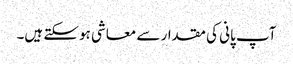
آپ پانی کی مقدار سے معاشی ہوسکتے ہیں۔